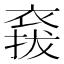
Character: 𧛌